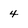
Character: 4